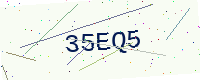
Text: 35EQ5